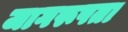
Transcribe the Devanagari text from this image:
जागरूपता